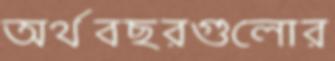
অর্থবছরগুলোর